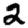
Digit: 2